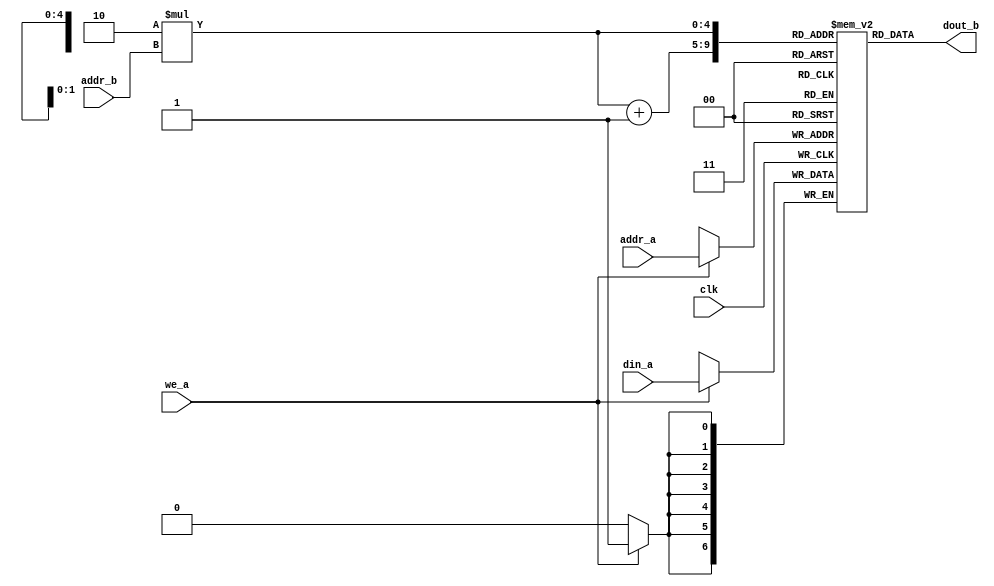
module dp_lut_7x5_14x4 (
	clk,
	din_a,
	we_a,
	addr_a,
	dout_b,
	addr_b
);
input 		  clk;
input 		  we_a;
input  [4:0]  addr_a;
input  [6:0]  din_a;
input  [3:0]  addr_b;
output [13:0] dout_b;
reg [6:0] lut [0:31];
always @(posedge clk) begin
	if (we_a) begin
		lut[addr_a] <= din_a;
	end
end
assign dout_b = {lut[2*addr_b + 1], lut[2*addr_b]};
endmodule